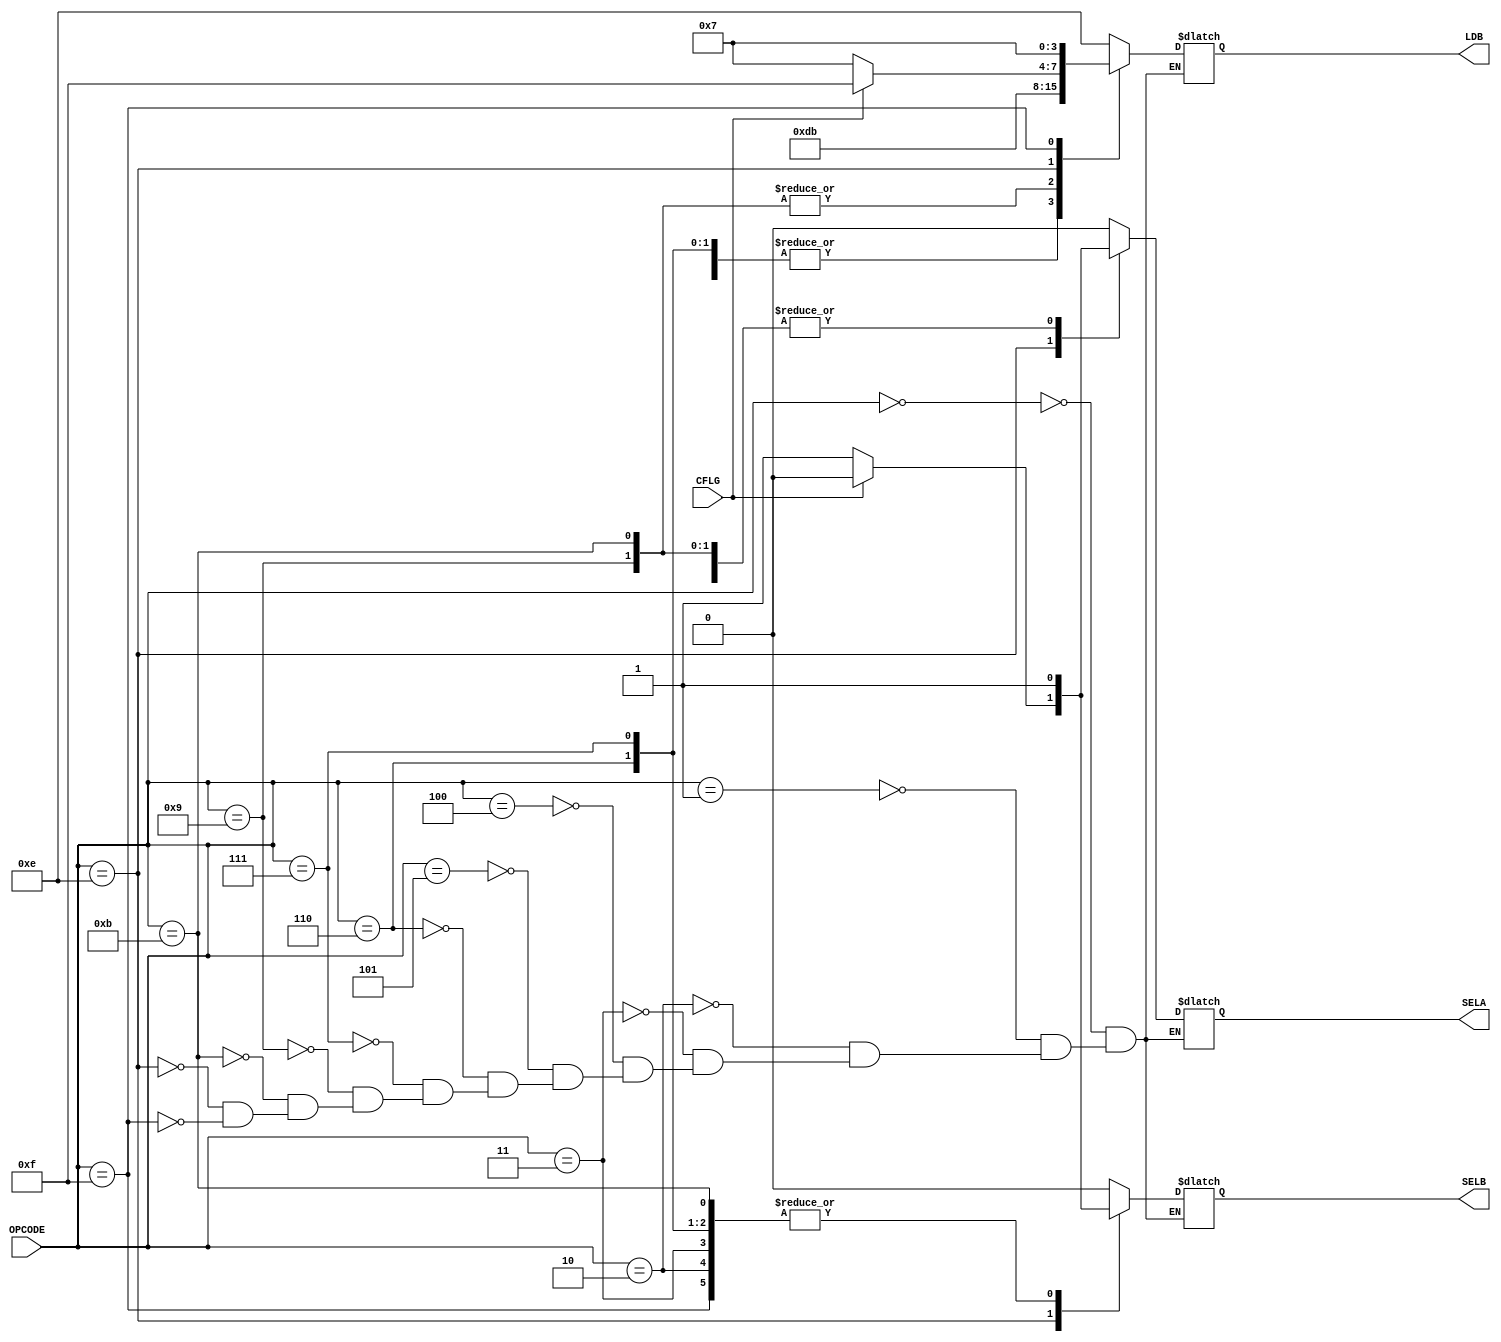

module DECODER(
    input [3:0] OPCODE,
    input CFLG,
    output reg SELA,
    output reg SELB,
    output reg [3:0] LDB
);
/*
    Data Selector
        A  B  
        0  0  Reg A
        1  0  Reg B
        0  1  Input
        1  1  4'b0000

    LD
        4'b1110 : Reg A
        4'b1101 : Reg B
        4'b1011 : Output LED
        4'b0111 ; PC

*/

    always @ (OPCODE) begin
        case(OPCODE)
            4'b0000 : begin //ADD A,Im
                LDB  <= 4'b1110;
                SELA <= 1'b0;
                SELB <= 1'b0;
            end
            4'b0001 : begin //MOV A,B
                LDB  <=  4'b1110;
                SELA <= 1'b1;
                SELB <= 1'b0;
            end
            4'b0010 : begin //IN  A
                LDB  <= 4'b1110;
                SELA <= 1'b0;
                SELB <= 1'b1;
            end
            4'b0011 : begin //MOV A,Im
                LDB  <= 4'b1110;
                SELA <= 1'b1;
                SELB <= 1'b1;
            end
            4'b0100 : begin //MOV B,A
                LDB  <= 4'b1101;
                SELA <= 1'b0;
                SELB <= 1'b0;
            end
            4'b0101 : begin //ADD B,Im
                LDB  <= 4'b1101;
                SELA <= 1'b1;
                SELB <= 1'b0;
            end
            4'b0110 : begin //IN B
                LDB  <= 4'b1101;
                SELA <= 1'b0;
                SELB <= 1'b1;
            end
            4'b0111 : begin //MOV B,Im
                LDB  <= 4'b1101;
                SELA <= 1'b1;
                SELB <= 1'b1;
            end
            4'b1001 : begin //OUT B
                LDB  <= 4'b1011;
                SELA <= 1'b1;
                SELB <= 1'b0;
            end
            4'b1011 : begin //OUT Im
                LDB  <= 4'b1011;
                SELA <= 1'b1;
                SELB <= 1'b1;
            end
            4'b1110 : begin//JNC Im
                if(CFLG == 1'b0)begin
                    LDB  <= 4'b0111;
                    SELA <= 1'b1;
                    SELB <= 1'b1;
                end else begin
                    LDB  <= 4'b1111;
                    SELA <= 1'b0;
                    SELB <= 1'b0;
                end
            end
            4'b1111 : begin //JMP Im
                LDB  <= 4'b0111;
                SELA <= 1'b1;
                SELB <= 1'b1;
            end
            default : begin
                LDB  <= LDB;
                SELA <= SELA;
                SELB <= SELB;
            end
        endcase
    end

endmodule